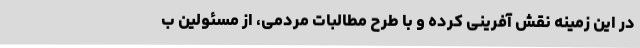
در این زمینه نقش آفرینی کرده و با طرح مطالبات مردمی، از مسئولین ب